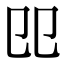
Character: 𠨎